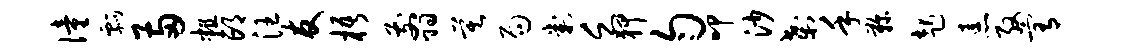
僮瓢两粗邙汪友梧翦莫局判乏狎匀叩沙刹手鞠起恚殷宥